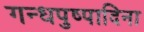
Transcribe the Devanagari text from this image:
गन्धपुष्पादिना